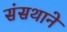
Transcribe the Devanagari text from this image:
संसथाने